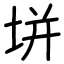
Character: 垪